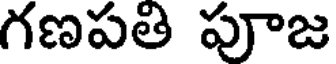
గణపతి పూజ